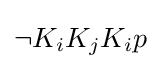
\neg K_{i}K_{j}K_{i}p